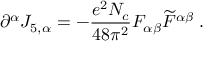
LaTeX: \partial ^ { \alpha } J _ { 5 , \alpha } = - \frac { e ^ { 2 } N _ { c } } { 4 8 \pi ^ { 2 } } F _ { \alpha \beta } \widetilde { F } ^ { \alpha \beta } \; .